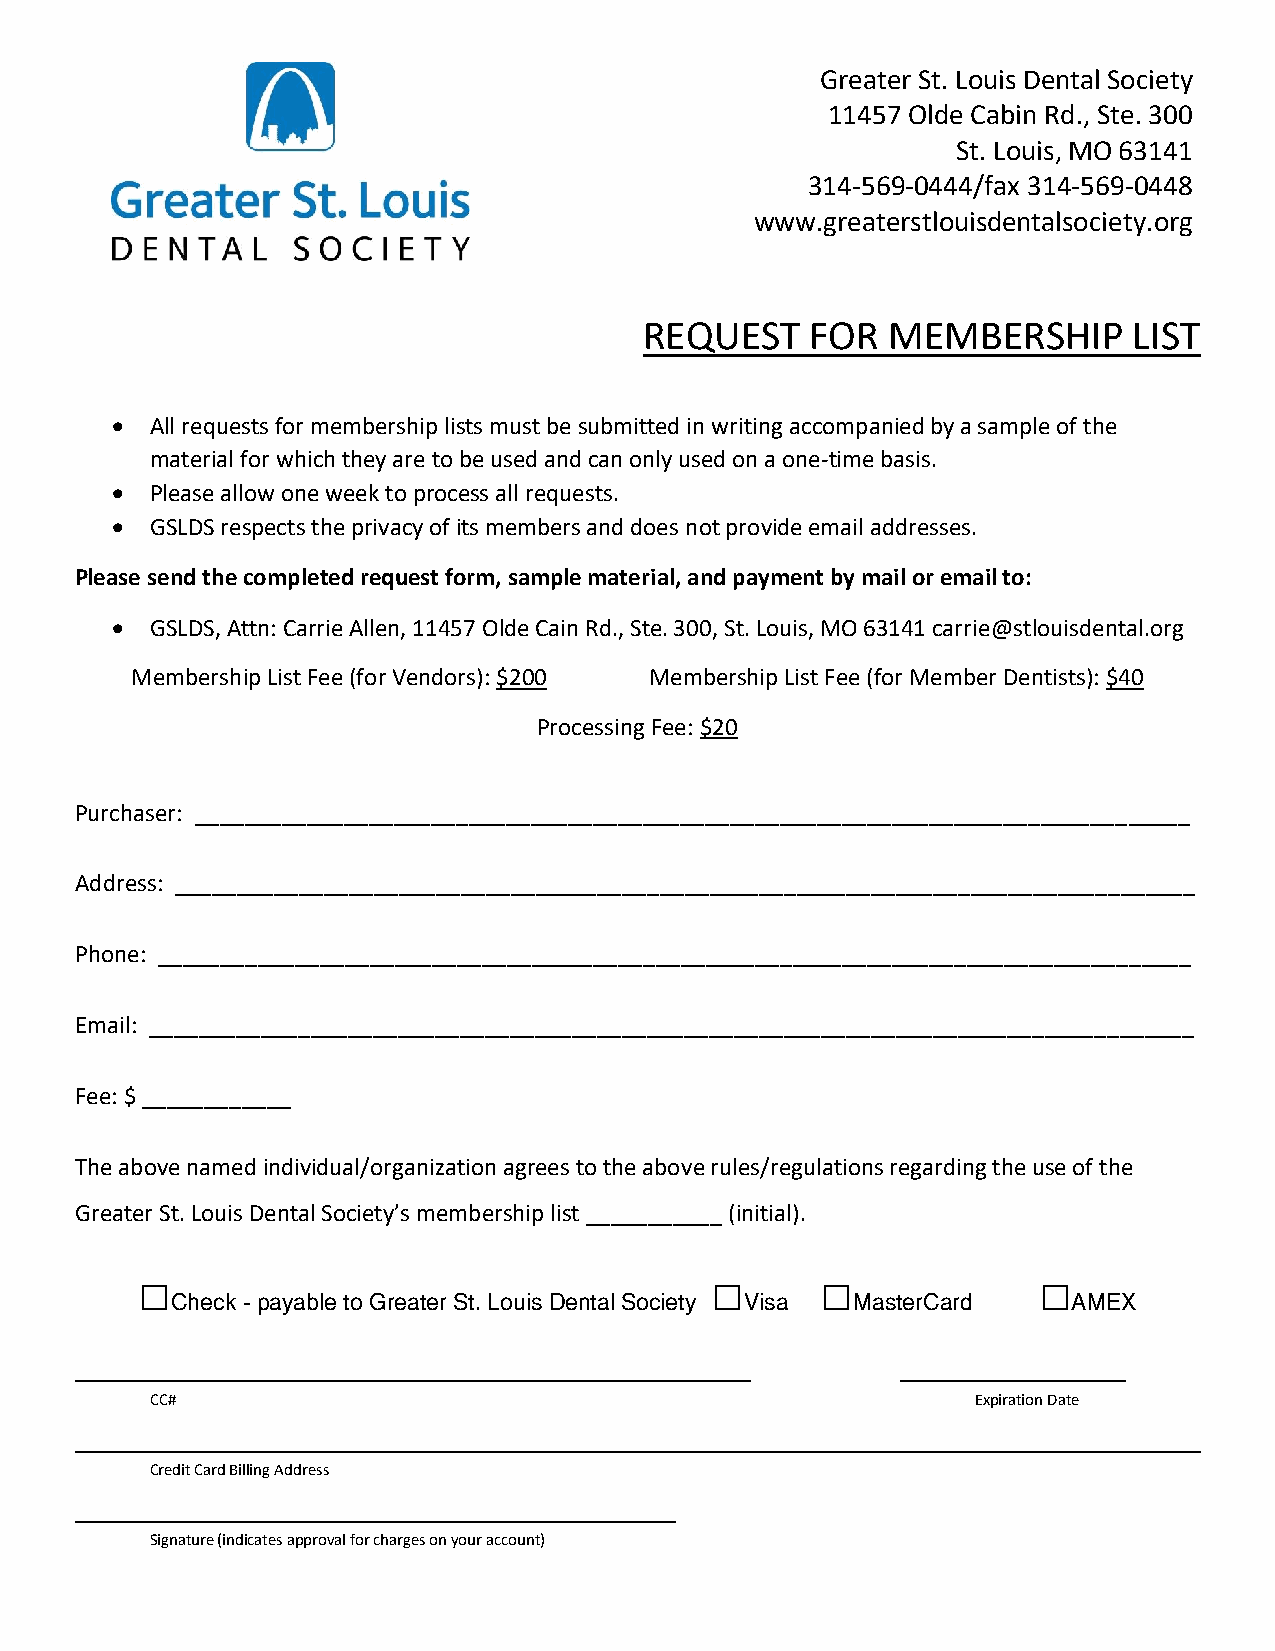
Greater St. Louis Dental Society
 11457 Olde Cabin Rd., Ste. 300
 St. Louis, MO 63141
 314-569-0444/fax 314-569-0448
 www.greaterstlouisdentalsociety.org
 REQUEST    FOR  MEMBERSHIP      LIST
   All requests for membership lists must be submitted in writing accompanied by a sample of the
 material for which they are to be used and can only used on a one-time basis.
   Please allow one week to process all requests.
   GSLDS respects the privacy of its members and does not provide email addresses.
 Please send the completed request form, sample material, and payment by mail or email to:
   GSLDS, Attn: Carrie Allen, 11457 Olde Cain Rd., Ste. 300, St. Louis, MO 63141 carrie@stlouisdental.org
 Membership List Fee (for Vendors): $200 Membership List Fee (for Member Dentists): $40
 Processing Fee: $20
 Purchaser: ________________________________________________________________________________
 Address: __________________________________________________________________________________
 Phone: ___________________________________________________________________________________
 Email: ____________________________________________________________________________________
 Fee: $ ____________
 The above named individual/organization agrees to the above rules/regulations regarding the use of the
 Greater St. Louis Dental Society’s membership list ___________ (initial).
 □                                     □      □              □
 Check - payable to Greater St. Louis Dental Society Visa MasterCard AMEX
 CC#                                                    Expiration Date
 Credit Card Billing Address
 Signature (indicates approval for charges on your account)